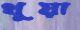
থুয়া